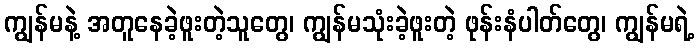
ကျွန်မနဲ့ အတူနေခဲ့ဖူးတဲ့သူတွေ၊ ကျွန်မသုံးခဲ့ဖူးတဲ့ ဖုန်းနံပါတ်တွေ၊ ကျွန်မရဲ့